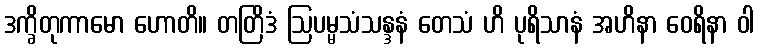
ဒက္ခိတုကာမော ဟောတိ။ တတြိဒံ ဩပမ္မသံသန္ဒနံ တေသံ ဟိ ပုရိသာနံ အဟိနာ ဝေရိနာ ဝါ